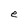
Character: e